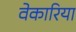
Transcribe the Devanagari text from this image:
वेकारिया